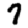
Digit: 7